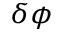
\delta \phi